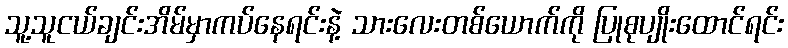
သူ့သူငယ်ချင်းအိမ်မှာကပ်နေရင်းနဲ့ သားလေးတစ်ယောက်ကို ပြုစုပျိုးထောင်ရင်း